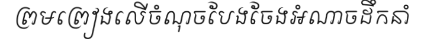
ព្រមព្រៀងលើចំណុចបែងចែងអំណាចដឹកនាំ